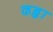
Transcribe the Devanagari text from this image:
ढड्ढा